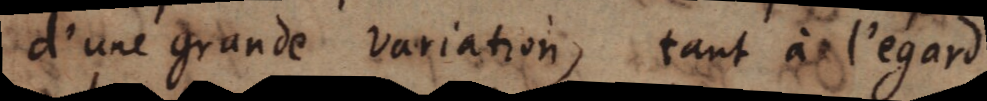
d’une grande variation, tant à l’egard